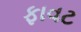
ફાવટ